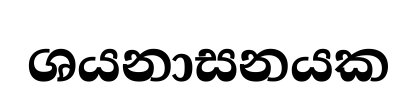
ශයනාසනයක